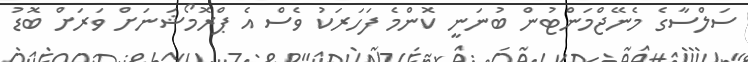
ސަލްސާގެ މެނޭޖްމަންޓުން ބުނަނީ ކޮންމެ ފަހަރަކު ވެސް އެ ޕްރޮމޯޝަނަށް ވަރަށް ބޮޑު